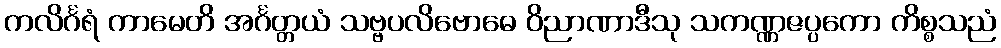
ကလိင်္ဂရံ ကာမေတိ အင်္ဂတ္တယံ သဗ္ဗပလိဗောဓေ ဝိညာဏာဒီသု သကဏ္ဏဇပ္ပကော ကိစ္စသညံ